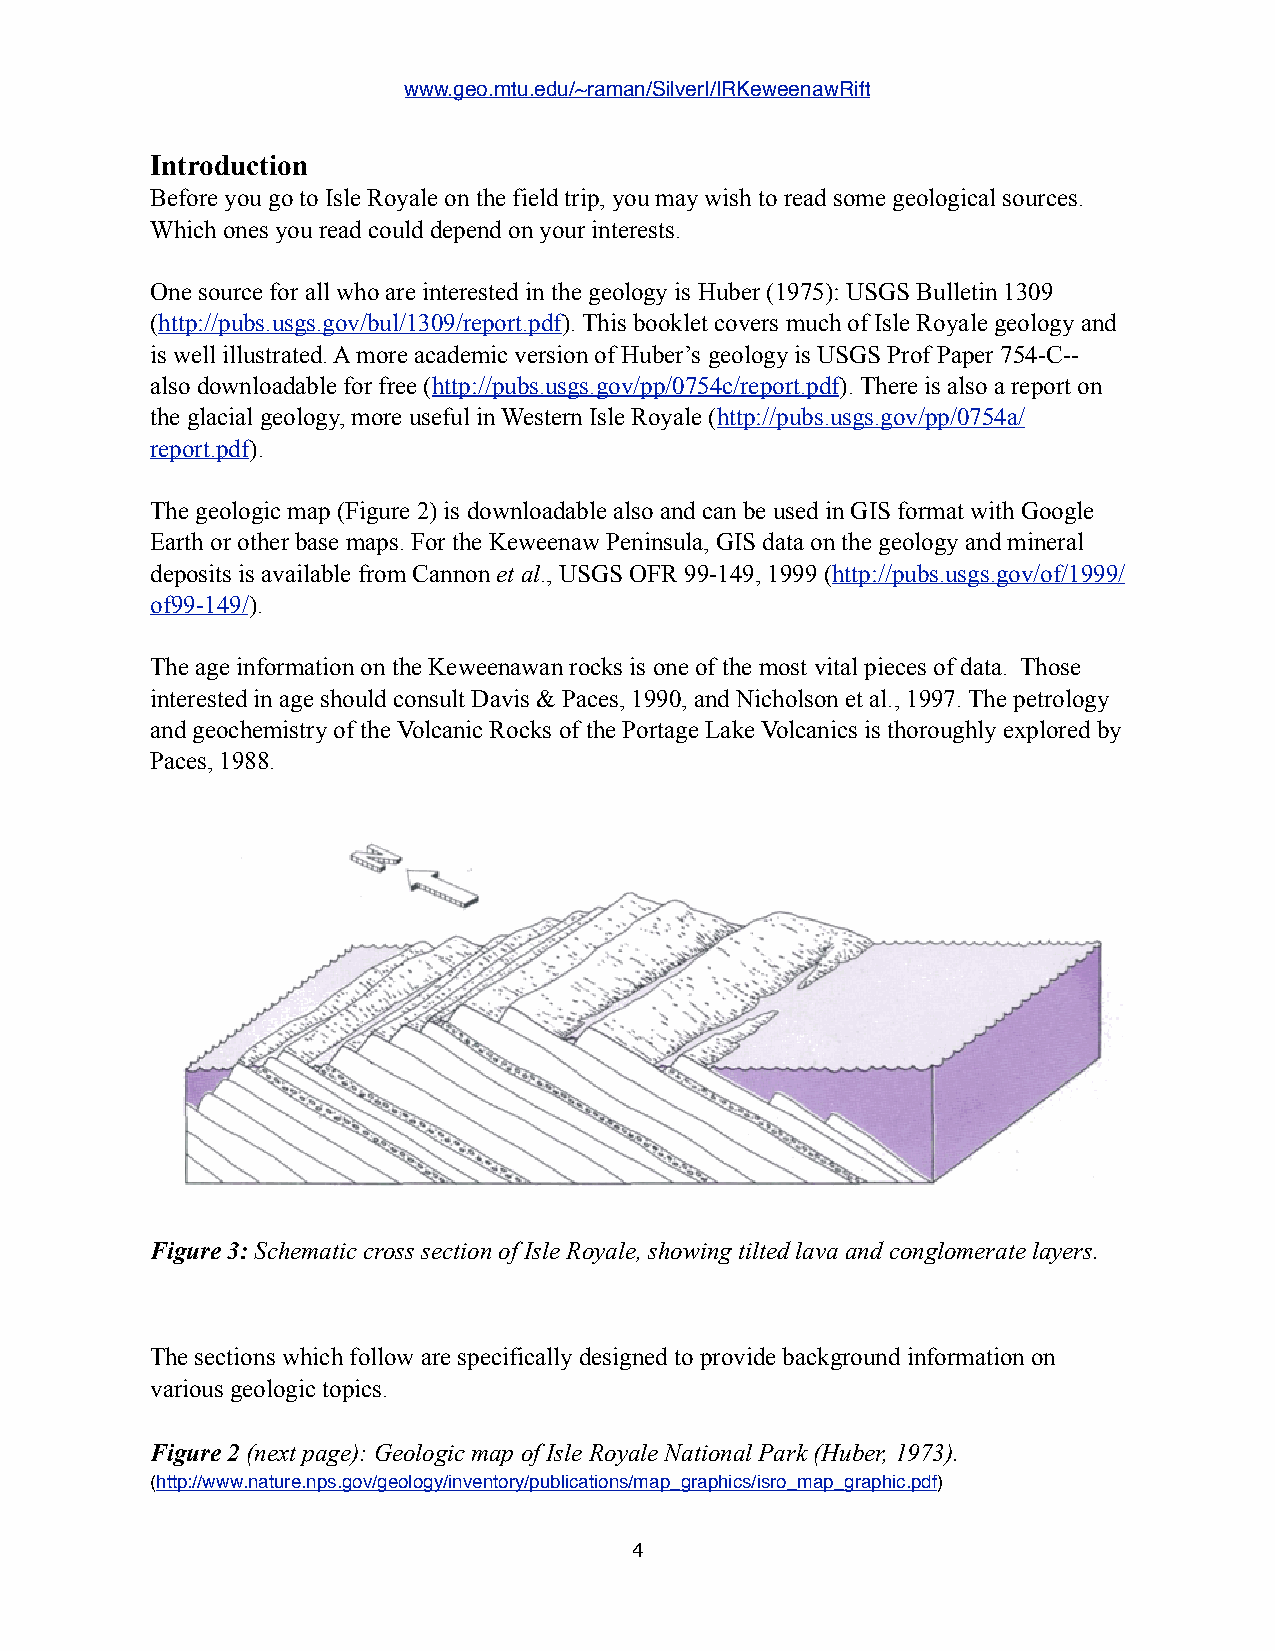
www.geo.mtu.edu/~raman/SilverI/IRKeweenawRift
 Introduction
 Before you go to Isle Royale on the field trip, you may wish to read some geological sources.
 Which ones you read could depend on your interests.
 One source for all who are interested in the geology is Huber (1975): USGS Bulletin 1309
 (http://pubs.usgs.gov/bul/1309/report.pdf). This booklet covers much of Isle Royale geology and
 is well illustrated. A more academic version of Huber’s geology is USGS Prof Paper 754-C--
 also downloadable for free (http://pubs.usgs.gov/pp/0754c/report.pdf). There is also a report on
 the glacial geology, more useful in Western Isle Royale (http://pubs.usgs.gov/pp/0754a/
 report.pdf).
 The geologic map (Figure 2) is downloadable also and can be used in GIS format with Google
 Earth or other base maps. For the Keweenaw Peninsula, GIS data on the geology and mineral
 deposits is available from Cannon et al., USGS OFR 99-149, 1999 (http://pubs.usgs.gov/of/1999/
 of99-149/).
 The age information on the Keweenawan rocks is one of the most vital pieces of data. Those
 interested in age should consult Davis & Paces, 1990, and Nicholson et al., 1997. The petrology
 and geochemistry of the Volcanic Rocks of the Portage Lake Volcanics is thoroughly explored by
 Paces, 1988.
 Figure 3: Schematic cross section of Isle Royale, showing tilted lava and conglomerate layers.
 The sections which follow are specifically designed to provide background information on
 various geologic topics.
 Figure 2 (next page): Geologic map of Isle Royale National Park (Huber, 1973).
 (http://www.nature.nps.gov/geology/inventory/publications/map_graphics/isro_map_graphic.pdf)
 4